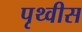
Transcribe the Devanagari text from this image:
पृथ्वीस